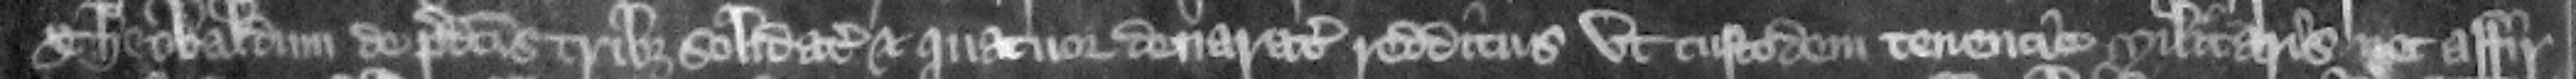
Theobaldum de predictus tribus solidatis et quatuor denaratis redditus vi custodem tenencie militaris nec affir